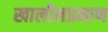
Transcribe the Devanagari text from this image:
खालीलप्रमाण